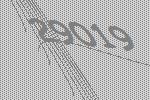
29019